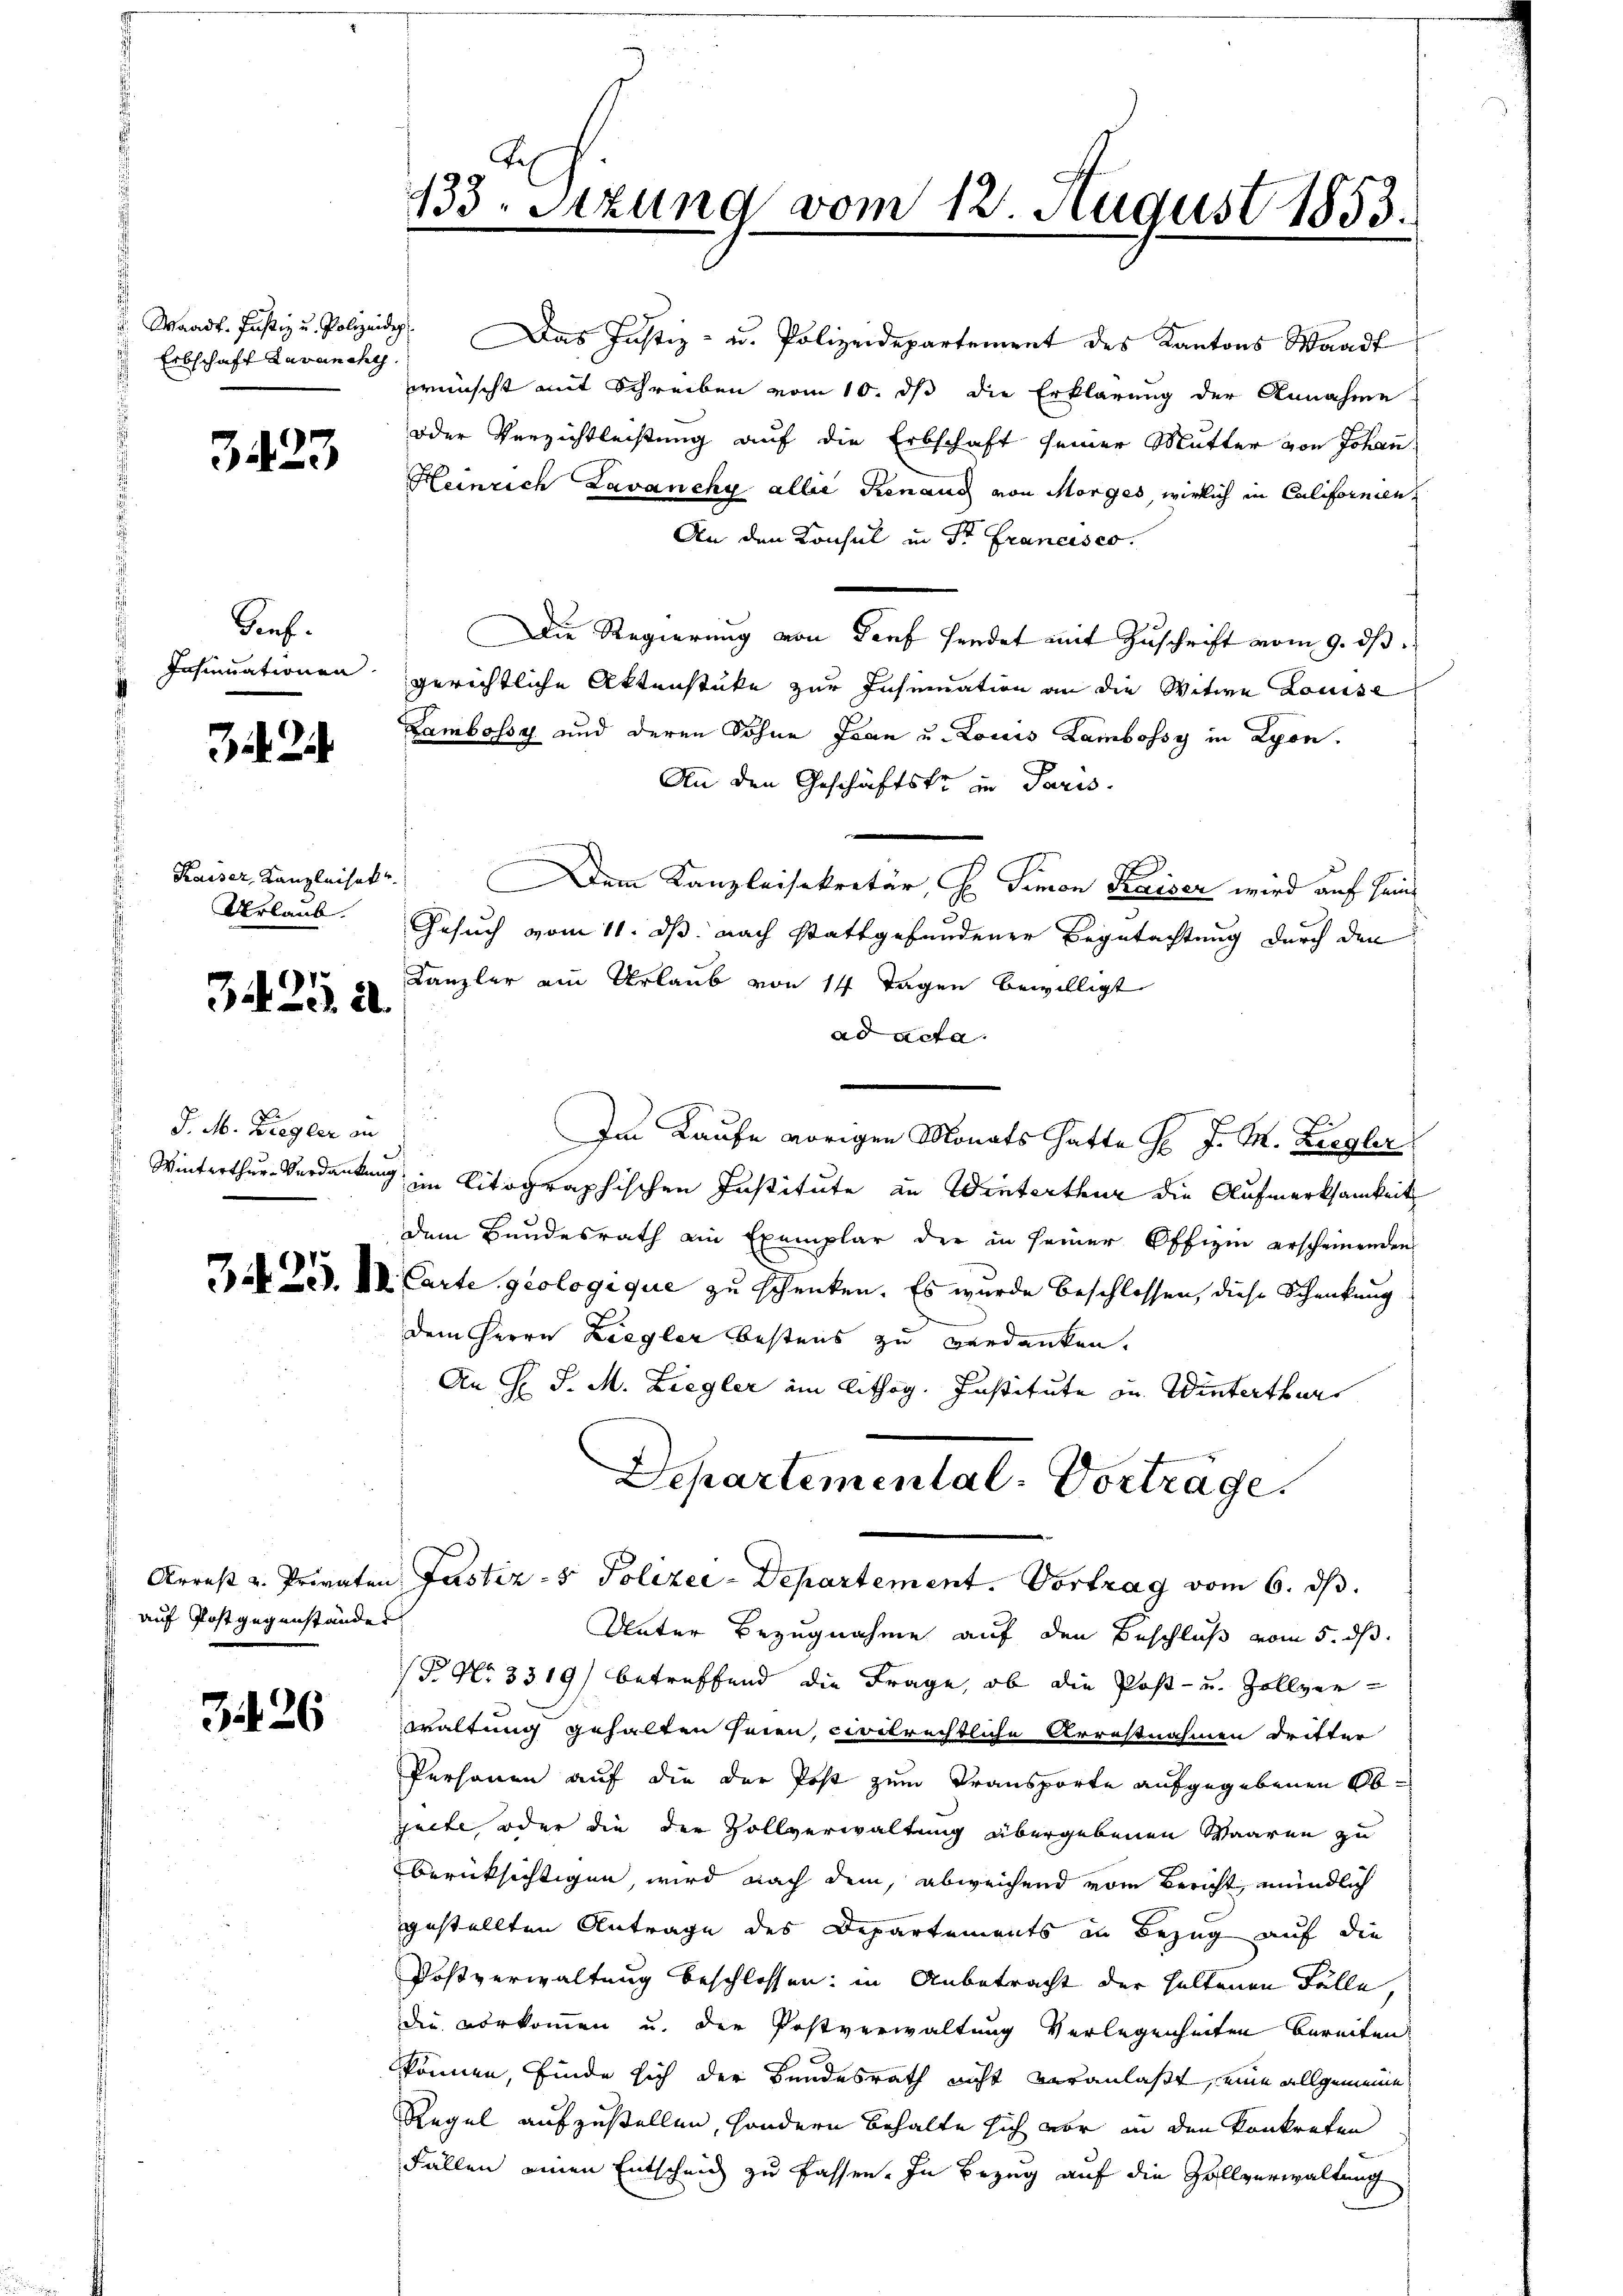
u. Waadt. Justiz u. Polizeidig
 Erbschaft Lavanche

3423

Genf.
Insinuationen.

2

Kaiser, Kanzleisek
Verlaub.

3425. d.

J. M. Bregler an

auf Post gegenstandes

3426

.
133. Setzung vom 12. August 1855.

Das Justiz- u. Polizeidepartement des Kantons Waadt
wünscht mit Schreiben vom 10. ds die Erklärung der Annahme
oder Verzichtleistung auf die Erbschaft seiner Mutter von Johan
Heinrich Lavanchy alle Renaud von Morges, wirlich in Californien,
An den Konsul in der Francisco
Die Regierung von Dorf sendet mit Zuschrift vom 9. dβ
gerichtliche Aktenstüke zur Insumation an die Witwe Louise
Zambossy und deren Sohne Joan u. Louis Lambossy in Lyon.
An den Geschäftste in Paris.
Dem Kanzleisekretär, H. Simon Kaiser wird auf seine
Gesuch vom 11. ds nach stattgefundener Begutachtung durch den
Kanzler ein Urlaub von 14 Tagen bewilligt
ad acta.
u
2
Im Laufe vorigen Monats hatte Hr. J. M. Ziegler
Winterthur Verdankung in litographischen Institute in Winterthur die Aufmerksamkeit
dem Bundesrath ein Exemplar der in seiner Offizin erscheinenden
i. 23. IV. Carte geologique zu schenken. Es wurde beschlossen, diese Schenkung
dem Herrn Liegler bestens zu verdanken.
An H. J. M. Ziegler am Lithog. Institute in Winterthurs
Departemental-Vorträge.

" Arrest u. Privaten Justiz- & Polizei-Departement. Vortrag vom 6. ds.

Unter Bezugnahme auf den Beschluß vom 5. ds.
(P No 3319) betreffend die Frage, ob die Post- u. Zollverwaltung gehalten seien, civilrechtliche Arrestnahmen dritter
Personen auf die der Post zum Transporte aufgegebenen Objacte, oder die die Vollverwaltung übergebenen Waaren zu
berücksichtigen, wird nach dem, abweichend vom Bericht, mündlich
gestellten Antrage des Departements in Bezug auf die
Postverwaltung beschlossen: in Anbetracht der haltenen Fälle,
die vorkommen u. der Postverwaltung Verlegenheiten bereiten
können, finde sich der Bundesrath nicht veranlaßt, eine allgemeine
Regel aufzustellen, sondern behalte sich vor in den konkreten
Fällen einen Entscheid zu fassen. In Bezug auf die Zollverwaltung